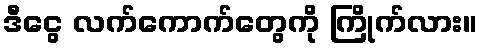
ဒီငွေ လက်ကောက်တွေကို ကြိုက်လား။